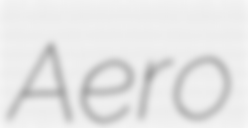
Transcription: Aero